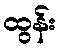
ထွန်း